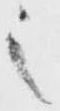
之